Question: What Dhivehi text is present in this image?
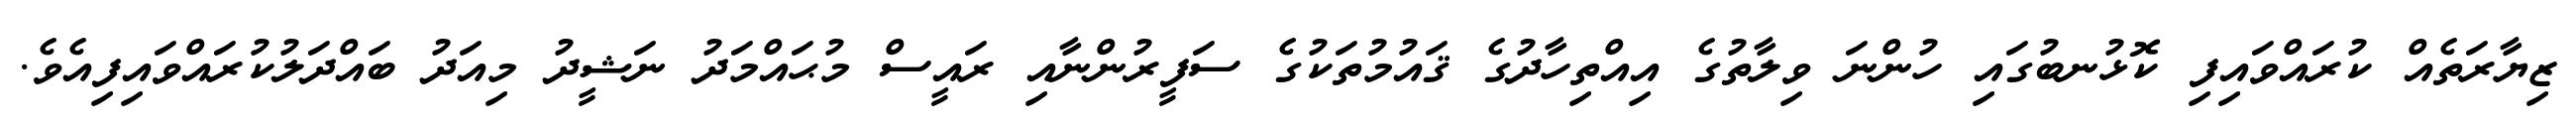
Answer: ޒިޔާރަތެއް ކުރައްވައިފި ކޮޅުނބުގައި ހުންނަ ވިލާތުގެ އިއްތިހާދުގެ ޤައުމުތަކުގެ ސަފީރުންނާއި ރައީސް މުޙައްމަދު ނަޝީދު މިއަދު ބައްދަލުކުރައްވައިފިއެވެ.